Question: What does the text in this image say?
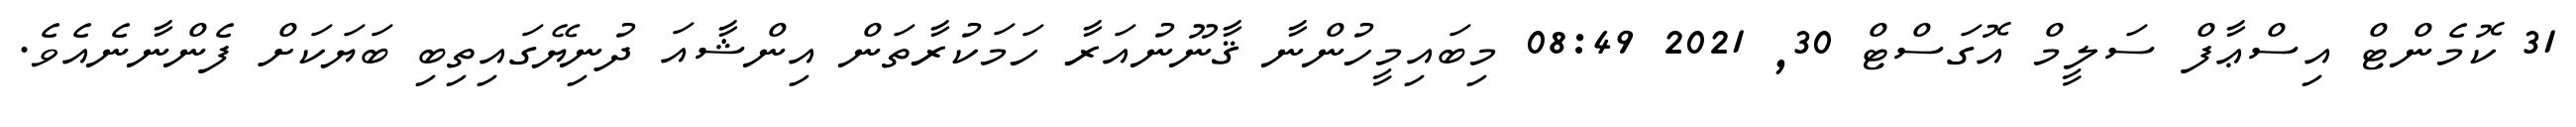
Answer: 31 ކޮމެންޓް އިސްޢާފް ސަލީމް އޮގަސްޓް 30, 2021 08:49 މިބައިމީހުންނާ ޤާނޫނުއަރާ ހަމަކުރާތަން އިންޝާއަ ދުނިޔޭގައިތިބި ބަޔަކަށް ފެންނާނެއެވެ.